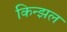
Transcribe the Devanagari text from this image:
किन्झल